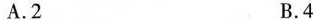
A.2 B.4